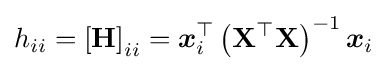
h_{ii}=\left[\mathbf {H} \right]_{ii}={\boldsymbol {x}}_{i}^{\top }\left(\mathbf {X} ^{\top }\mathbf {X} \right)^{-1}{\boldsymbol {x}}_{i}